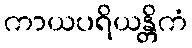
ကာယပရိယန္တိကံ